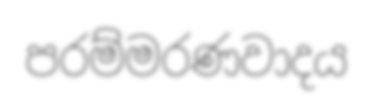
පරම්මරණවාදය